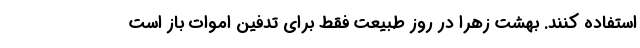
استفاده کنند. بهشت زهرا در روز طبیعت فقط برای تدفین اموات باز است